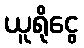
ယူရိုငွေ